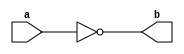
`timescale 1ns / 1ps


module not_gate(
    input a,
    output b
    );
    
    assign b = ~a;
endmodule